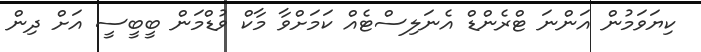
ކިޔަވަމުން އަންނަ ޓްރެންޑް އެނަލިސްޓެއް ކަމަށްވާ މާކް ވުޑްމަން ބީބީސީ އަށް ދިން